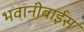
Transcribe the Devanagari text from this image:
भवानीबाईस